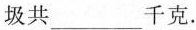
圾共___千克。